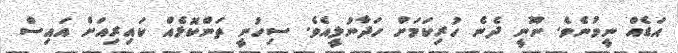
އަޑެއް ނީވުނެވެ. ނޫނީ ދެނެ ހުރިކަމަށް ހަދާނުލީއެވެ. ސިހުނީ ތަންކޮޅެއް ކައިރިއަށް އައިސް